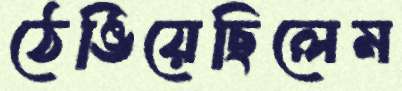
ঠেঙিয়েছিলেম